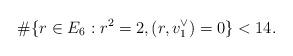
LaTeX: \begin{align*}\#\{r \in E_6 : r^2 = 2, (r,v_1^\vee) = 0\} < 14.\end{align*}